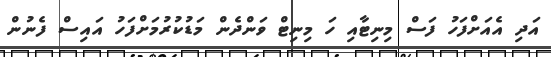
އަދި އެއަށްފަހު ފަސް މިނިޓާއި ހަ މިނިޓް ވަންދެން މަޑުކުރުމަށްފަހު އައިސް ފެނުން